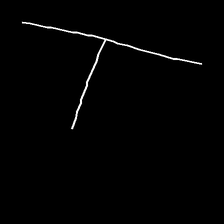
Glyph: column